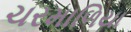
ચરમાળિયા